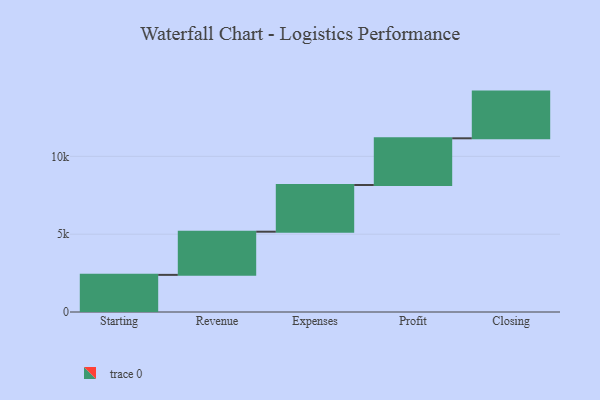
{"axis": {"x": "Step", "y": "Value"}, "legend": [""], "data": [{"x": "Starting", "y": 2385.0, "type": ""}, {"x": "Revenue", "y": 2773.0, "type": ""}, {"x": "Expenses", "y": 3000, "type": ""}, {"x": "Profit", "y": 3000, "type": ""}, {"x": "Closing", "y": 3000, "type": ""}]}